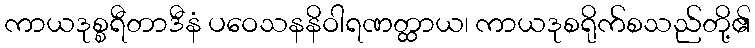
ကာယဒုစ္စရီတာဒီနံ ပဝေသနနိဝါရဏတ္ထာယ၊ ကာယဒုစရိုက်စသည်တို့၏